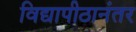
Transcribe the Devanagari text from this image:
विद्यापीठानंतर